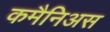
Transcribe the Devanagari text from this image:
कमैनिअस